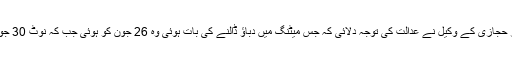
اس دوران ظفر حجازی کے وکیل نے عدالت کی توجہ دلائی کہ جس میٹنگ میں دباؤ ڈالنے کی بات ہوئی وہ 26 جون کو ہوئی جب کہ نوٹ 30 جون کو بنایا گیا۔